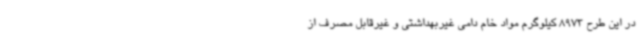
در این طرح 8973 کیلوگرم مواد خام دامی غیربهداشتی و غیرقابل مصرف از